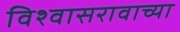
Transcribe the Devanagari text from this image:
विश्वासरावाच्या